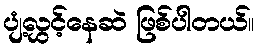
ပျံ့လွှင့်နေဆဲ ဖြစ်ပါတယ်။